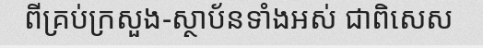
ពីគ្រប់ក្រសួង-ស្ថាប័នទាំងអស់ ជាពិសេស